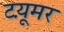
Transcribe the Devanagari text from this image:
टय़ूमर